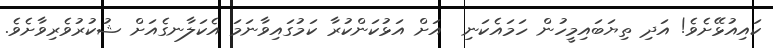
ކައިއުޅޭށެވެ! އަދި ތިޔަބައިމީހުން ހަމައެކަނި  އަށް އަޅުކަންކުރާ ކަމުގައިވާނަމަ އެކަލާނގެއަށް ޝުކުރުވެރިވާށެވެ.